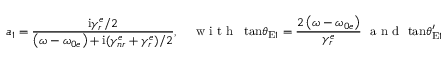
a _ { 1 } = \frac { \mathrm { i } \gamma _ { r } ^ { e } / 2 } { \left( \omega - \omega _ { 0 e } \right) + \mathrm { i } ( \gamma _ { n r } ^ { e } + \gamma _ { r } ^ { e } ) / 2 } , \quad \mathrm { ~ w ~ i ~ t ~ h ~ } \, \, \, \mathrm { t a n } \theta _ { \mathrm { E } 1 } = \frac { 2 \left( \omega - \omega _ { 0 e } \right) } { \gamma _ { r } ^ { e } } \, \, \mathrm { ~ a ~ n ~ d ~ } \, \, \mathrm { t a n } \theta _ { \mathrm { E } 1 } ^ { \prime } = \frac { \gamma _ { n r } ^ { e } } { \gamma _ { r } ^ { e } } ,